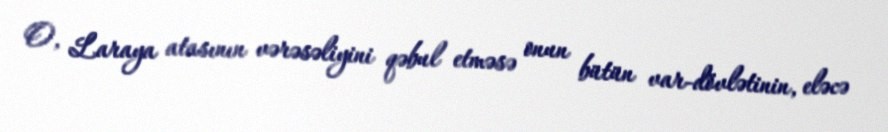
O, Laraya atasının vərəsəliyini qəbul etməsə onun bütün var-dövlətinin, eləcə